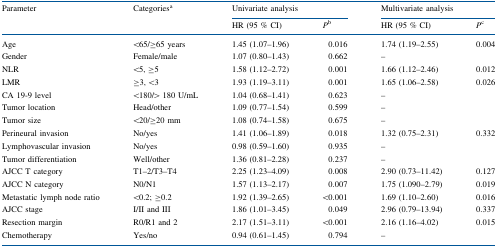
<table><thead><tr><td rowspan="2"><b>Parameter</b></td><td rowspan="2"><b>Categories<sup>a</sup></b></td><td colspan="2"><b>Univariate analysis</b></td><td colspan="2"><b>Multivariate analysis</b></td></tr><tr><td><b>HR (95 % CI)</b></td><td><b><i>P</i><sup>b</sup></b></td><td><b>HR (95 % CI)</b></td><td><b><i>P</i><sup>c</sup></b></td></tr></thead><tbody><tr><td>Age</td><td>&lt;65/≥65 years</td><td>1.45 (1.07–1.96)</td><td>0.016</td><td>1.74 (1.19–2.55)</td><td>0.004</td></tr><tr><td>Gender</td><td>Female/male</td><td>1.07 (0.80–1.43)</td><td>0.662</td><td>–</td><td></td></tr><tr><td>NLR</td><td>&lt;5, ≥5</td><td>1.58 (1.12–2.72)</td><td>0.001</td><td>1.66 (1.12–2.46)</td><td>0.012</td></tr><tr><td>LMR</td><td>≥3, &lt;3</td><td>1.93 (1.19–3.11)</td><td>0.001</td><td>1.65 (1.06–2.58)</td><td>0.026</td></tr><tr><td>CA 19-9 level</td><td>&lt;180/&gt; 180 U/mL</td><td>1.04 (0.68–1.41)</td><td>0.623</td><td>–</td><td></td></tr><tr><td>Tumor location</td><td>Head/other</td><td>1.09 (0.77–1.54)</td><td>0.599</td><td>–</td><td></td></tr><tr><td>Tumor size</td><td>&lt;20/≥20 mm</td><td>1.08 (0.74–1.58)</td><td>0.675</td><td>–</td><td></td></tr><tr><td>Perineural invasion</td><td>No/yes</td><td>1.41 (1.06–1.89)</td><td>0.018</td><td>1.32 (0.75–2.31)</td><td>0.332</td></tr><tr><td>Lymphovascular invasion</td><td>No/yes</td><td>0.98 (0.59–1.60)</td><td>0.935</td><td>–</td><td></td></tr><tr><td>Tumor differentiation</td><td>Well/other</td><td>1.36 (0.81–2.28)</td><td>0.237</td><td>–</td><td></td></tr><tr><td>AJCC T category</td><td>T1–2/T3–T4</td><td>2.25 (1.23–4.09)</td><td>0.008</td><td>2.90 (0.73–11.42)</td><td>0.127</td></tr><tr><td>AJCC N category</td><td>N0/N1</td><td>1.57 (1.13–2.17)</td><td>0.007</td><td>1.75 (1.090–2.79)</td><td>0.019</td></tr><tr><td>Metastatic lymph node ratio</td><td>&lt;0.2; ≥0.2</td><td>1.92 (1.39–2.65)</td><td>&lt;0.001</td><td>1.69 (1.10–2.60)</td><td>0.016</td></tr><tr><td>AJCC stage</td><td>I/II and III</td><td>1.86 (1.01–3.45)</td><td>0.049</td><td>2.96 (0.79–13.94)</td><td>0.337</td></tr><tr><td>Resection margin</td><td>R0/R1 and 2</td><td>2.17 (1.51–3.11)</td><td>&lt;0.001</td><td>2.16 (1.16–4.02)</td><td>0.015</td></tr><tr><td>Chemotherapy</td><td>Yes/no</td><td>0.94 (0.61–1.45)</td><td>0.794</td><td>–</td><td></td></tr></tbody></table>